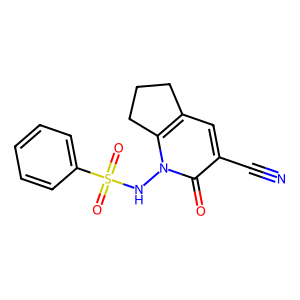
SMILES: N#Cc1cc2c(n(NS(=O)(=O)c3ccccc3)c1=O)CCC2
Inhibits HIV replication: No